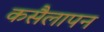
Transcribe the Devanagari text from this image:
कसैलापन